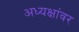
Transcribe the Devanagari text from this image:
अध्यक्षांवर